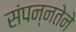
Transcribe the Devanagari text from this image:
संपन्नतेने